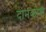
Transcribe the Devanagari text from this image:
दानकोश